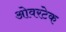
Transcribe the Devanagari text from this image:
ओवरटेक